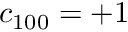
c _ { 1 0 0 } = + 1